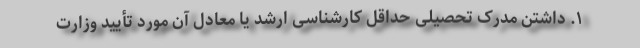
۱. داشتن مدرک تحصیلی حداقل کارشناسی ارشد یا معادل آن مورد تأیید وزارت